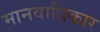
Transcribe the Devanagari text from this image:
मानवाधिकार